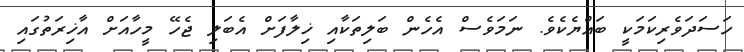
ހަސަދަވެރިކަމަކީ ބައްޔެކެވެ. ނަމަވެސް އެހެން ބަލިތަކާއި ޚިލާފަށް އެބަލި ޖެހޭ މީހާއަށް އާޚިރަތުގައި